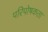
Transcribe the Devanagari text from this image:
परिपोषकता